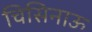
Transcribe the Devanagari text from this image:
चिसिनाऊ